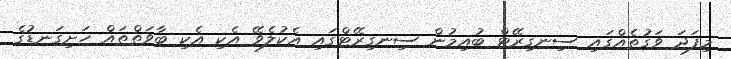
މިފަދަ ވަގުތެއްގައި ސިނގިރޭޓް ބުއިމުން ސިނގިރޭޓްގައި އެކުލެވޭ އެކި އެކި ބާވަތްތައް ހަށިގަނޑުގެ